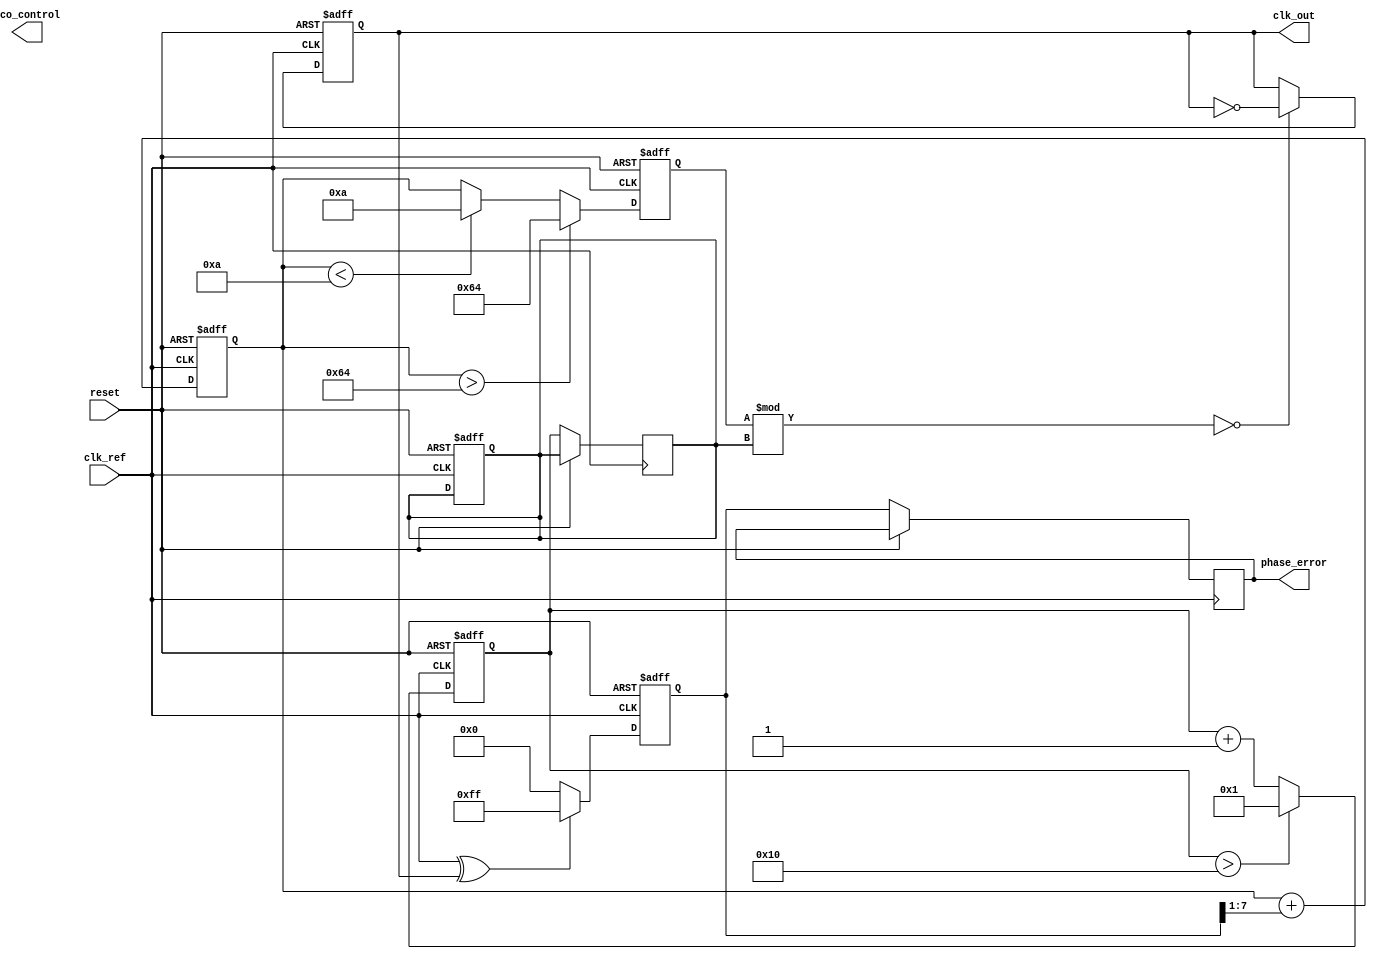
module fractional_pll (
    input wire clk_ref,               // Reference clock input
    input wire reset,                 // Reset signal
    output reg clk_out,               // Output clock
    output reg [7:0] phase_error,     // Phase error signal (for debugging)
    output reg vco_control            // Control signal for VCO
);

    // Parameters
    parameter VCO_MAX_FREQ = 100;     // Max VCO frequency
    parameter VCO_MIN_FREQ = 10;      // Min VCO frequency
    parameter DIV_MAX = 16;            // Maximum divider value
    parameter DIV_MIN = 1;             // Minimum divider value

    // Internal signals
    reg [7:0] vco_freq;                // VCO frequency
    reg [7:0] divider;                 // Feedback divider
    reg [7:0] loop_filter_output;      // Output from loop filter
    reg [7:0] phase_detector_out;      // Output from phase detector
    reg [7:0] memory_block;            // Memory block for division ratio

    // Phase Detector (PD)
    always @(posedge clk_ref or posedge reset) begin
        if (reset) begin
            phase_detector_out <= 0;
        end else begin
            // Simple phase comparison logic (e.g., XOR or other logic)
            // For illustration, let's assume this generates a phase error signal
            phase_detector_out <= (clk_ref ^ clk_out) ? 8'hFF : 8'h00; // Example logic
            phase_error <= phase_detector_out; // Output phase error
        end
    end

    // Loop Filter (LF)
    always @(posedge clk_ref or posedge reset) begin
        if (reset) begin
            loop_filter_output <= 0;
        end else begin
            // Simple proportional control for loop filter (can be made more complex)
            loop_filter_output <= loop_filter_output + (phase_detector_out >> 1);
        end
    end

    // Voltage-Controlled Oscillator (VCO)
    always @(posedge clk_ref or posedge reset) begin
        if (reset) begin
            vco_freq <= VCO_MIN_FREQ;
        end else begin
            // Control VCO frequency based on loop filter output
            vco_freq <= loop_filter_output > VCO_MAX_FREQ ? VCO_MAX_FREQ : 
                        (loop_filter_output < VCO_MIN_FREQ ? VCO_MIN_FREQ : loop_filter_output);
        end
    end

    // Divider/Feedback Network
    always @(posedge clk_ref or posedge reset) begin
        if (reset) begin
            divider <= DIV_MIN;
            clk_out <= 0;
        end else begin
            // Simple divider logic
            if (vco_freq % divider == 0) begin
                clk_out <= ~clk_out; // Toggle output clock on division
            end
        end
    end

    // Memory Block (for division ratios)
    always @(posedge clk_ref or posedge reset) begin
        if (reset) begin
            memory_block <= 8'h01; // Default division ratio
        end else begin
            // Update memory block values based on application needs
            // This could be controlled via external logic or configuration
            // For example, increment the division ratio for demonstration
            memory_block <= memory_block + 1;
            if (memory_block > DIV_MAX) memory_block <= DIV_MIN;
            divider <= memory_block; // Use memory block value as divider
        end
    end

endmodule